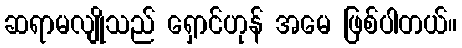
ဆရာမလျိုသည် ရှောင်ဟုန် အမေ ဖြစ်ပါတယ်။